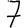
Digit: 7